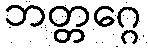
ဘတ္တဂ္ဂေ